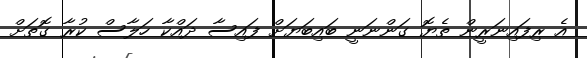
އެ ރިފައިނަރީން ތެޔޮ ގަންނަނީ ބައިބަޔަށް ފައިސާ ދައްކާ ހަލާސް ކުރާ ގޮތަށް